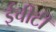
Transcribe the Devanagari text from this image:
ईचीटी